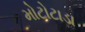
મોટોટાડા